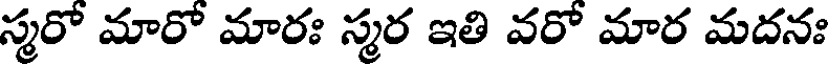
స్మరో మారో మారః స్మర ఇతి వరో మార మదనః